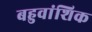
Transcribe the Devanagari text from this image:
बहुवांशिक